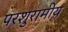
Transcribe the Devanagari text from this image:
परशुरामीय